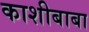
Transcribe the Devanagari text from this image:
काशीबाबा